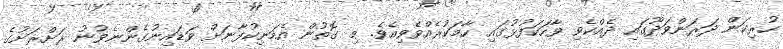
ހުރިކަން ދަރަންވަދޫގައި ދެއްކެވި ވާހަކަފުޅުގައި ހާމަކުރެއްވެވިއެވެ. މި ގޮތުން އެމަނިކުފާނަށް ވަޑައިނުގެންނެވުނު ރަށްރަށުގެ